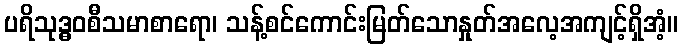
ပရိသုဒ္ဓဝစီသမာစာရော၊ သန့်စင်ကောင်းမြတ်သောနှုတ်အလေ့အကျင့်ရှိအံ့။